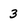
Character: 3